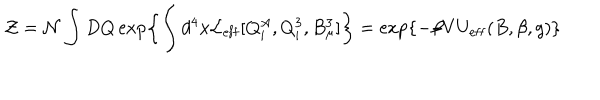
LaTeX: { \cal Z } = { \cal N } \int D Q \exp \left\{ \int d ^ { 4 } x { \cal L } _ { \mathrm { e f f } } [ Q _ { i } ^ { A } , Q _ { i } ^ { 3 } , B _ { \mu } ^ { 3 } ] \right\} = \exp \left\{ - \beta V U _ { \mathrm { e f f } } ( B , \beta , g ) \right\}